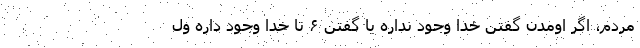
مردم، اگر اومدن گفتن خدا وجود نداره یا گفتن ۶ تا خدا وجود داره ول